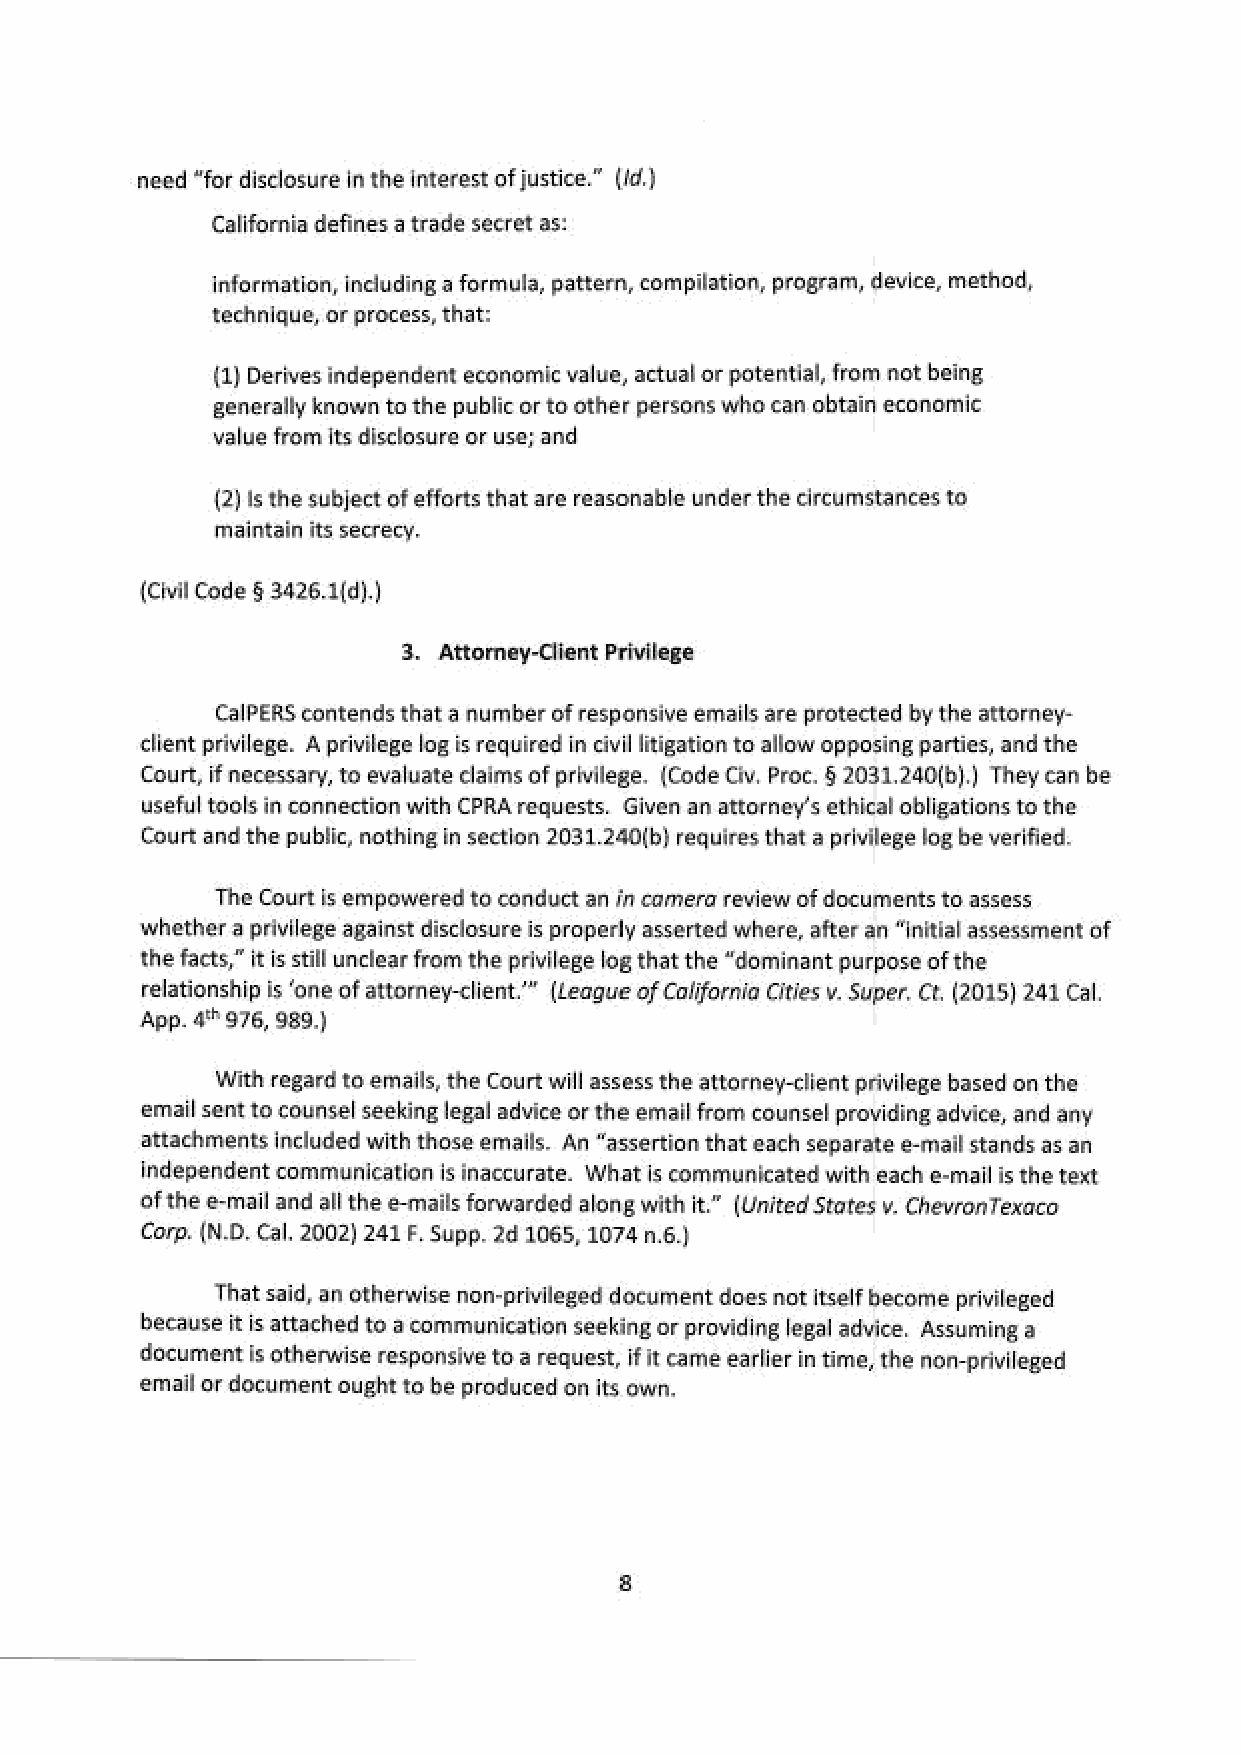
need “for disclosure in the interest of justice.” (ld.)
 California defines a trade secret as:
 information, including a formula, pattern, compilation, program, device, method,
 technique, or process, that:
 (1) Derives independent economic value, actual or potential, from not being,
 ‘generally known to the public or to other persons who can obtain economic
 value from its disclosure or use; and
 (2) Is the subject of efforts that are reasonable under the circumstances to
 maintain its secrecy.
 {Civil Code § 3426.1(4).)
 3. Attorney-Client Privilege
 CalPERS contends that a numofb reespornsi ve emails are protected by the attorney-
 client privilege. A privilege log is required in civil tigatiotno allow opposing parties, and the
 Court, if necessary, to evaluate claims of privilege. (Code Civ. Proc. § 2031.240(b).) They can be
 Useful tools in connection with CPRA requests. Given an attorney's ethical obligatitoo ntsh e
 Court and the public, nothing in section 2031.240(b) requires that a privilege log be verified.
 The Court is empowered to conduct an in camera review of documents to assess
 ‘whether a privilege against disclosure is properly asserted where, after an “initial assessment of
 the facts,” itis still unclear from the privilege log that the “dominant purpose of the
 relationship is ‘one of attorney-client.” (League of California Cities v. Super. Ct (2015) 241 Cal.
 App. 4976, 989.)
 With regard to emails, the Court will assess the attorney-client privilege based on the
 email sent to counsel seeking legal advice or the email from counsel providing advice, and any
 attachments included with those emails. An “assertion that each separate e-mail stands as an
 Independent communication is inaccurate. What is communicated with each e-mall is the text
 ‘of the e-mail and all the e-mails forwarded along with it.” (United States v. ChevronTexaco
 Corp. (N.D. Cal. 2002) 241 F. Supp. 2d 1065, 1074 n.6.)
 That said, an otherwise non-privileged document does nat itself become privileged
 because itis attached to a communication seeking or providing legal advice. Assuming @
 document is otherwise responsive to a request, ifit came earlier in time, the non-privileged
 ‘email or document ought to be produced on its own.